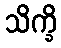
သိက္ခိ